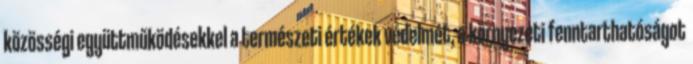
közösségi együttműködésekkel a természeti értékek védelmét, a környezeti fenntarthatóságot